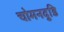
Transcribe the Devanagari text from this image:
चोमनदुडि